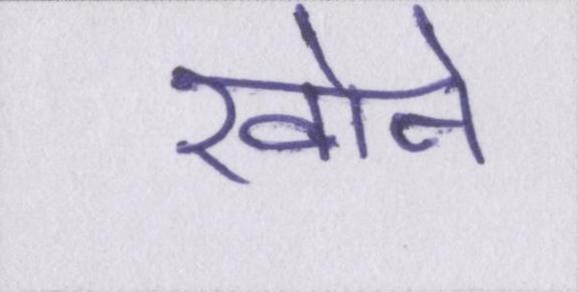
खोने